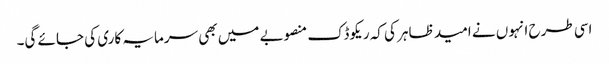
اسی طرح انہوں نے امید ظاہر کی کہ ریکوڈک منصوبے میں بھی سرمایہ کاری کی جائے گی۔